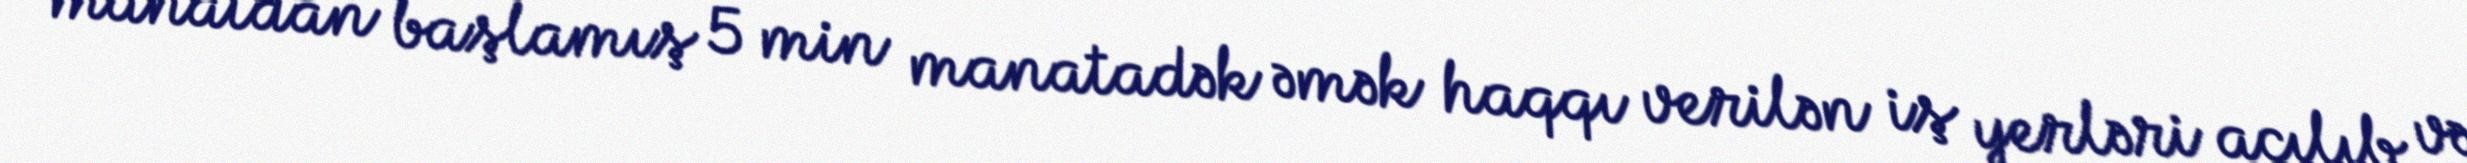
manatdan başlamış 5 min manatadək əmək haqqı verilən iş yerləri açılıb və